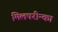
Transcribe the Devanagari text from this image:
मिलपरीन्का